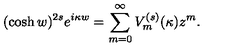
( \cosh w ) ^ { 2 s } e ^ { i \kappa w } = \sum _ { m = 0 } ^ { \infty } V _ { m } ^ { ( s ) } ( \kappa ) z ^ { m } .